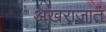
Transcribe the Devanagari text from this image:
अख़राजात